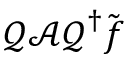
\boldsymbol { \mathcal { Q } } \boldsymbol { \mathcal { A } } \boldsymbol { \mathcal { Q } } ^ { \dagger } \tilde { \boldsymbol { f } }